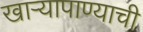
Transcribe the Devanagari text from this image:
खाऱ्यापाण्याची